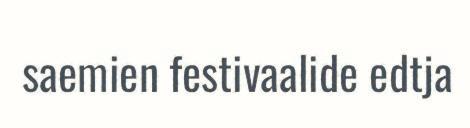
saemien festivaalide edtja